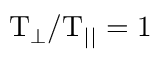
\mathrm { T _ { \perp } / T _ { | | } = 1 }